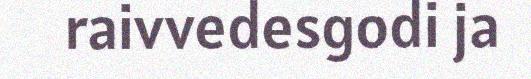
raivvedesgodi ja